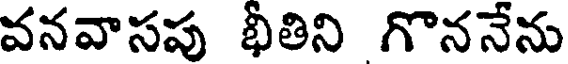
వనవాసపు భీతిని గొననేను